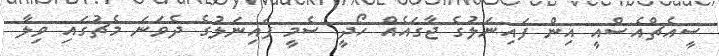
ސީއެޗްއެސްއީ އިން ފައިނަލުގެ ޖާގައެއް ހޯދީ ސެމީ ފައިނަލުގެ ދެވަނަ މެޗުގައި ވިލާ